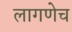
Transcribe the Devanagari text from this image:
लागणेच